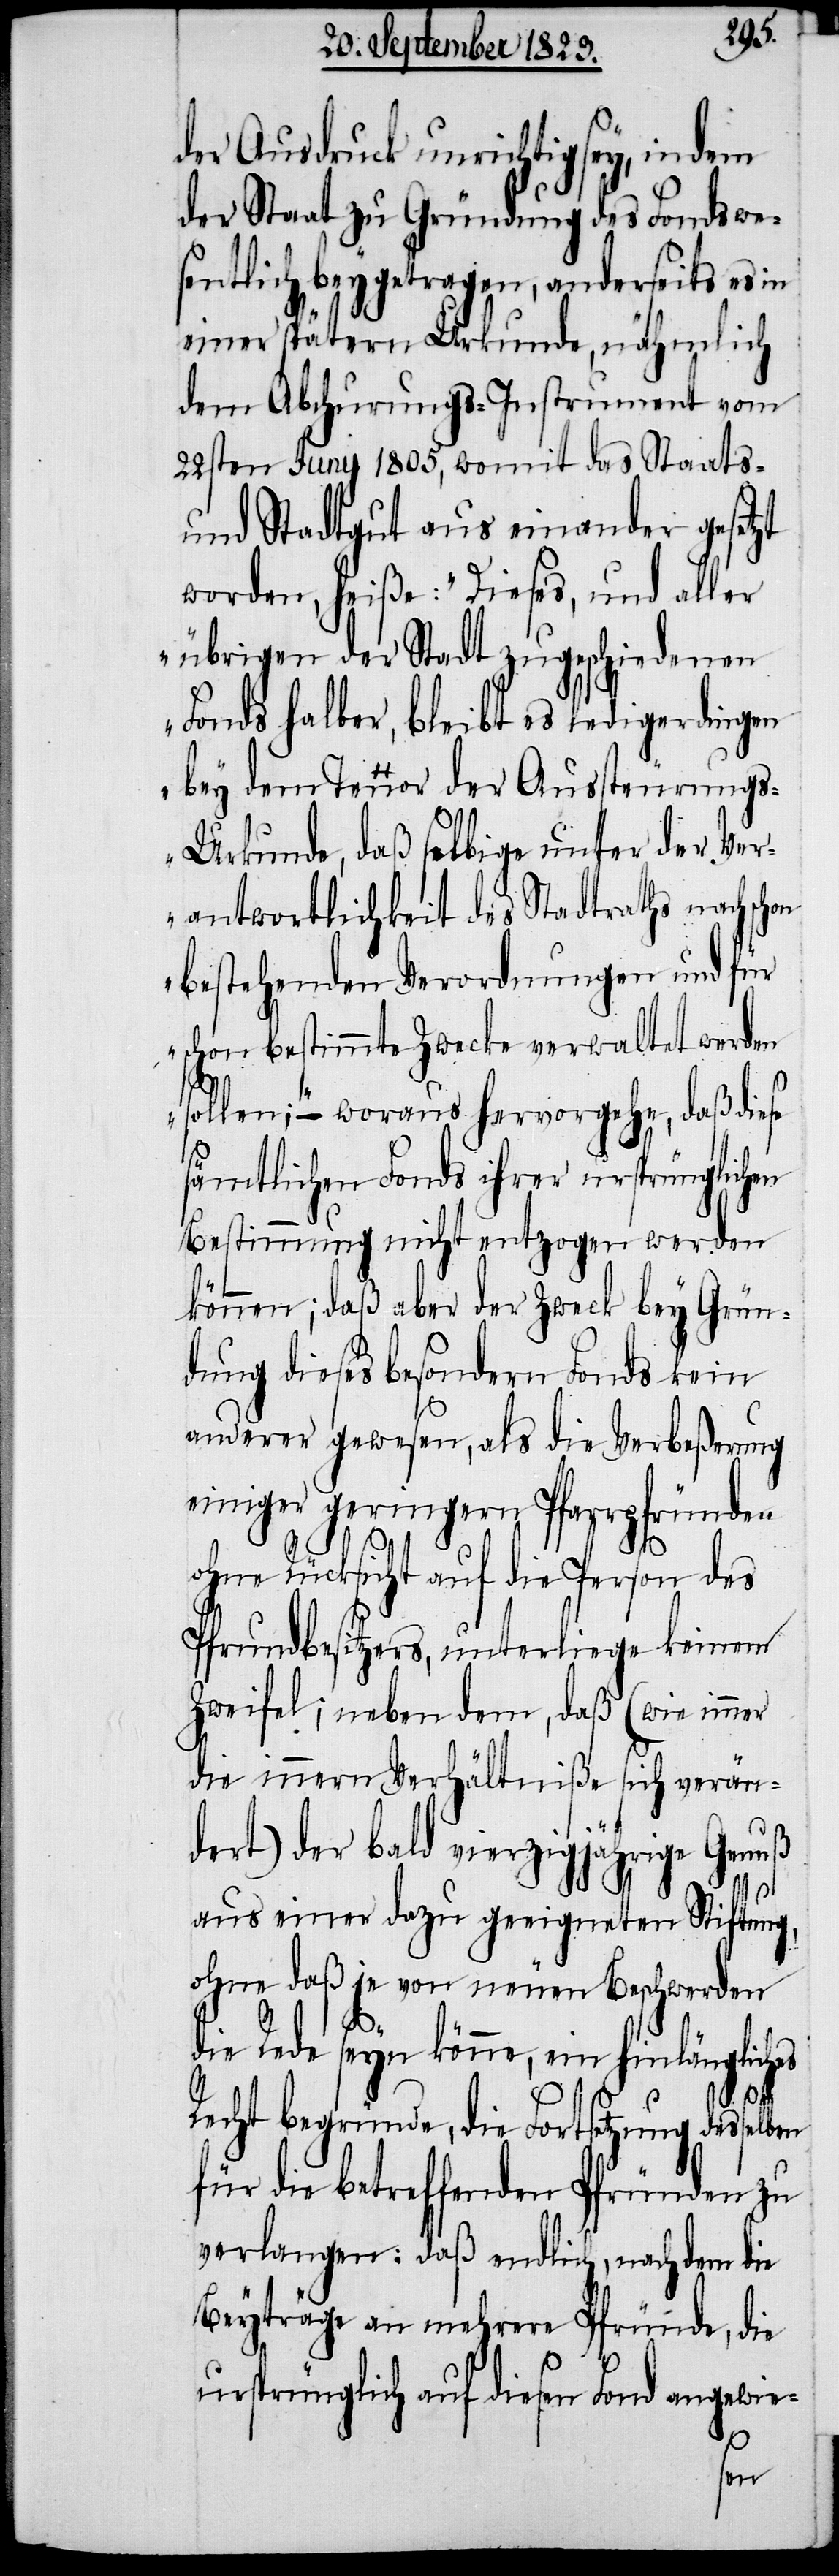
der Ausdruck unrichtig sey, indem
der Staat zu Gründung des Fonds we¬
sentlich beygetragen, anderseits es in
einer spätern Urkunde, nähmlich
dem Abchurungs-Instrument vom
22sten Juny 1805, womit das Staats-
und Stadtgut aus einander gesetzt
worden, heiße: „Dieses, und aller
übrigen der Stadt zugeschiedenen
Fonds halber, bleibt es ledigerdingen
bey dem Tenor der Aussteurung¬
s-Urkunde, daß selbige unter der Ver¬
antwortlichkeit des Stadtraths nach
bestehenden Verordnungen und für
schon bestimmte Zwecke verwaltet werden
sollen;“ – woraus hervorgehe, daß diese
sämtlichen Fonds ihrer ursprünglichen
Bestimmung nicht entzogen werden
können; daß aber der Zweck bey Grün¬
dung dieses besondern Fonds kein
anderer gewesen, als die Verbeßerung
einiger geringern, Pfarrpfründen
ohne Rücksicht auf die Person des
Pfrundbesitzers, unterliege keinem
Zweifel; neben dem, daß (wie immer
die innern Verhältniße sich verän¬
dert) der bald vierzigjährige Genuß
aus einer dazu geeigneten Stiftung,
ohne daß je von neuen Beschwerden
die Rede seyn könne, ein hinlängliches
Recht begründe, die Fortsetzung dessel¬
für die betreffenden Pfründen zu
verlangen: daß endlich, nachdem die
Beyträge an mehrere Pfründe, die
ursprünglich auf diesen Fond angewie-
ben